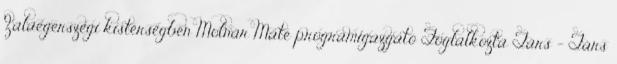
Zalaegerszegi kistérségben Molnár Máté programigazgató Foglalkozta Társ – Társ